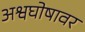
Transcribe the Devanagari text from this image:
अश्वघोषावर